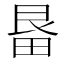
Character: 𭻓